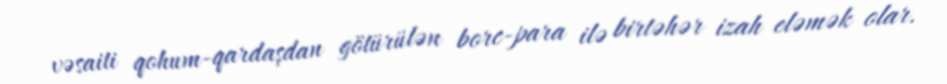
vəsaiti qohum-qardaşdan götürülən borc-para ilə birtəhər izah eləmək olar.